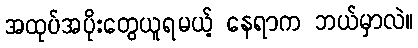
အထုပ်အပိုးတွေယူရမယ့် နေရာက ဘယ်မှာလဲ။